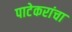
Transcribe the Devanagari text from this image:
पाटेकरांचा